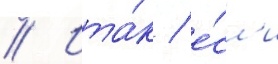
// Ита́к / е́сл'и